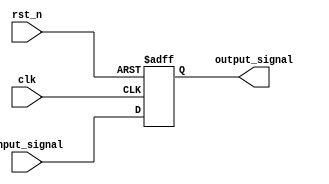
module delay_example (
    input wire clk,          // Clock input
    input wire rst_n,       // Active-low reset
    input wire input_signal, // Input signal to be delayed
    output reg output_signal  // Output signal after delay
);

    // Initial block to set output_signal to zero
    initial begin
        output_signal = 0;
    end

    // Always block sensitive to the clock and reset
    always @(posedge clk or negedge rst_n) begin
        if (!rst_n) begin
            // If reset is active, set output_signal to 0
            output_signal <= 0; // Non-blocking assignment
        end else begin
            // When input_signal changes, delay the assignment
            output_signal <= #5 input_signal; // Delay of 5 time units
        end
    end

endmodule